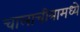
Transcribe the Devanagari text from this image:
चालाचीत्रामध्ये